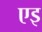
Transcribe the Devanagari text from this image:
एइ